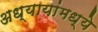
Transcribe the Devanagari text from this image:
अध्यायांमध्ये